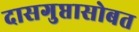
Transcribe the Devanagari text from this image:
दासगुप्तासोबत